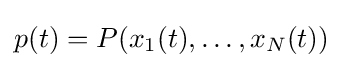
p(t)=P(x_{1}(t),\ldots ,x_{N}(t))